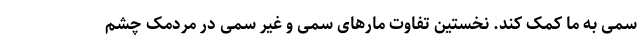
سمی به ما کمک کند. نخستین تفاوت مارهای سمی و غیر سمی در مردمک چشم